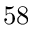
5 8